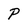
Character: P